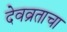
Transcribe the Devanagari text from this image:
देवव्रताचा